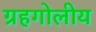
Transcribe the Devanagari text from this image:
ग्रहगोलीय